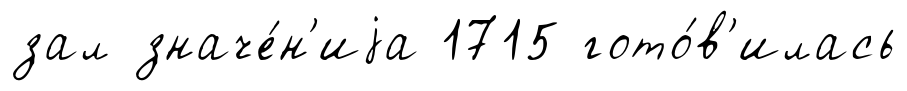
зал значе́н'иjа 1715 гото́в'илась